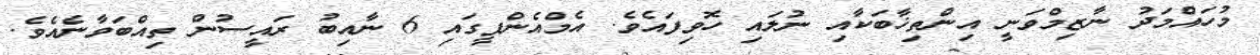
މުހައްމަދު ނާޒިމްވަނީ އިންތިޚާބަކާއި ނުލައި ހޮވިފައެވެ. އެމްއެންޕީގައި 6 ނާއިބު ރައީސުން ތިއްބަވާނެއެވެ.